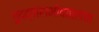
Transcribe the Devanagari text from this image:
गुदद्वाराभोवतालचा